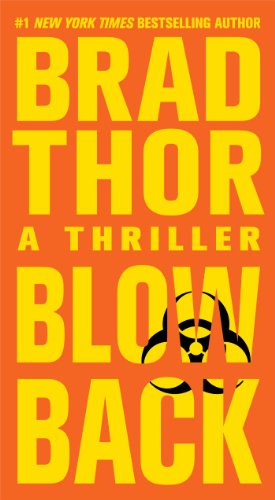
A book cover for Blowback: A Thriller; Brad Thor; Mystery, Thriller & Suspense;